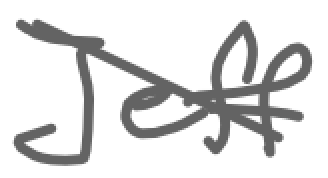
Text: Jeff
Cross-out: diagonal
Writing tool: digital_gray